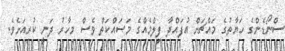
ސްނޯޑެންގެ ހަޔާތުގެ މައްޗަށް އުފައްދާ ފިލްމެއްގެ މަސައްކަތް ވެސް މިހާރު ދަނީ ކުރިއަށެވެ.